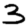
Digit: 3